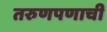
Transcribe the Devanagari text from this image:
तरुणपणाची